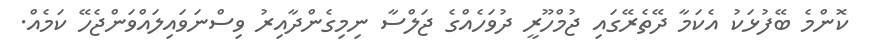
ކޮންމެ ބޭފުޅަކު އެކަމާ ދޭތެރޭގައި ޖުމްހޫރީ ދުވަހެއްގެ ޖަލްސާ ނިމިގެންދާއިރު ވިސްނަވައިލައްވަންޖެހޭ ކަމެއް.